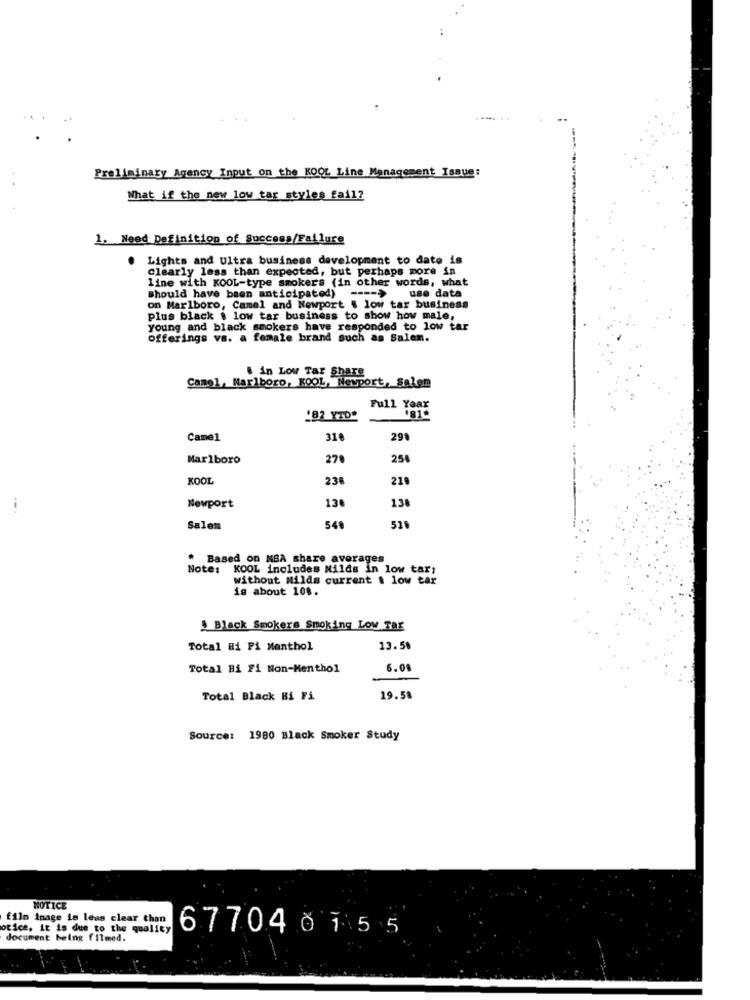
Preliminary Agency Input on the KOOL Line Management Issue:
What if the new low tar styles fail?
1. Need Definition of Success/Failure
Lights and Ultra business development to date is
clearly less than expected, but perhaps more in
line with KOOL-type smokers (in other words, what
Should have been anticipated) ---- > use data
on Marlboro, Camel and Newport . low tar business
plus black \ low tar business to show how male,
young and black smokers have responded to low tar
offerings vs. a female brand such as Salem.
. in Low Tar Share
Camp1, Marlboro, KOOL, Newport, Salem
Full Year
182 YTD"
£181
Came1
31
299
Marlboro
27
258
KOOL
238
219
130
138
Newport
Salem
54
526
Based on MSA share averages
Note: KOOL includes Milds in low tar;
without Milds current . low tar
is about 108.
Black Smokers Smoking Low TaE
Total Hi Pi Menthol
13.58
Total Hi Fi Non-Menthol
6.08
Total Black Bi Fi
19.58
Source: 1980 Black Smoker Study
MOTICE
film inage is less clear than
otice, it is due to the quality
677040 15 5
document being filmed.